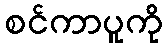
စင်ကာပူကို